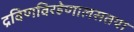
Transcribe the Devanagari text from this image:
द्रविणविरहेणालसतया